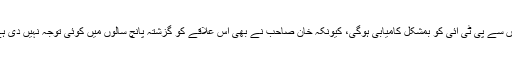
یہاں سے پی ٹی آئی کو بمشکل کامیابی ہوگی، کیونکہ خان صاحب نے بھی اس علاقے کو گزشتہ پانچ سالوں میں کوئی توجہ نہیں دی ہے۔